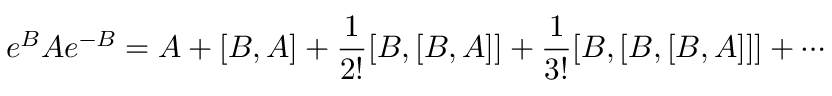
e ^ { B } A e ^ { - B } = A + [ B , A ] + \frac { 1 } { 2 ! } [ B , [ B , A ] ] + \frac { 1 } { 3 ! } [ B , [ B , [ B , A ] ] ] + \cdots